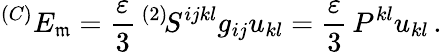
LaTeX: ^{(C)}E_{\mathfrak{m}}=\frac{{\varepsilon}}{3}\, ^{(2)}\! S^{ijkl}g_{ij}u_{kl}=\frac{{\varepsilon}}{3}\, P^{kl}u_{kl}\, .